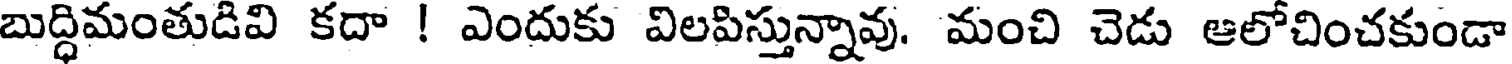
బుద్ధిమంతుడివి కదా ! ఎందుకు విలపిస్తున్నావు. మంచి చెడు ఆలోచించకుండా